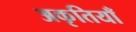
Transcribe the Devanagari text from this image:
अकृतियाँ